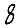
Digit: 8